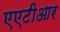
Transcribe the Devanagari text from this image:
एएटीआर